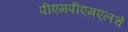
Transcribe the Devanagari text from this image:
पीएमपीएमएलचे